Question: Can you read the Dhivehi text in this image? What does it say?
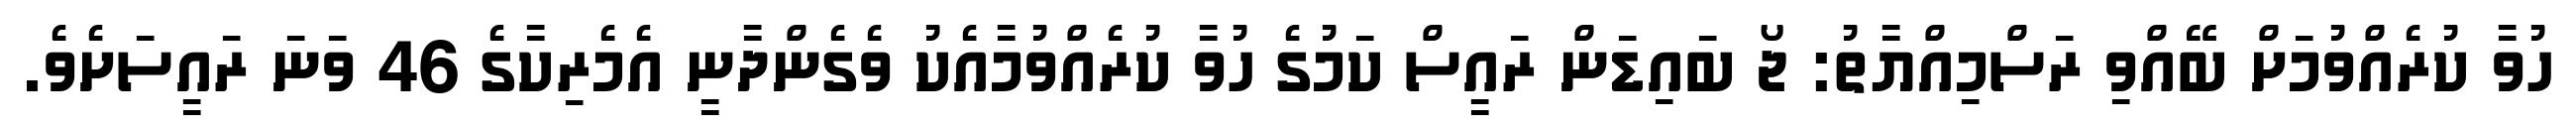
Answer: ހުވާ ކުރެއްވުމަށް ބޭއްވި ރަސްމިއްޔާތު: ޖޯ ބައިޑަން ރައީސް ކަމުގެ ހުވާ ކުރެއްވުމާއެކު ވެގެންދާނީ އެމެރިކާގެ 46 ވަނަ ރައީސަށެވެ.